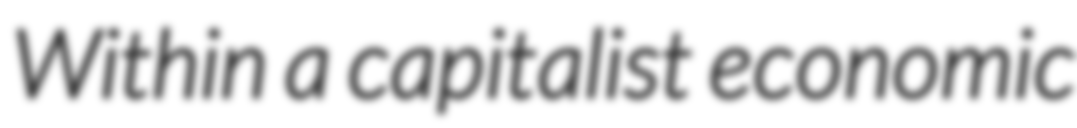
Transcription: Within a capitalist economic